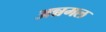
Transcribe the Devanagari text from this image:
अन्नमल